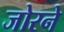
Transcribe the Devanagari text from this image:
जोरने